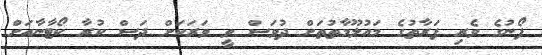
ފޯނުގެ ވެރި ފަރާތުގެ މައުލޫމާތުތަށް ދުވަސް ވީ ވަރަކަށް ދަސް ކުރާ ކޯޓާނާއަށް